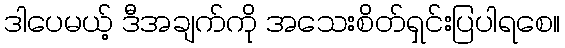
ဒါပေမယ့် ဒီအချက်ကို အသေးစိတ်ရှင်းပြပါရစေ။